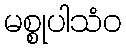
မစ္စုပါသံဝ